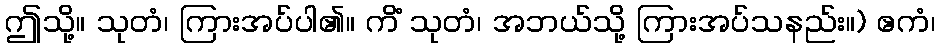
ဤသို့။ သုတံ၊ ကြားအပ်ပါ၏။ ကိံ သုတံ၊ အဘယ်သို့ ကြားအပ်သနည်း။) ဧကံ၊